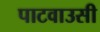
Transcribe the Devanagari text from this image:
पाटवाउसी